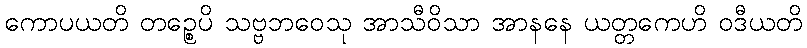
ကောပယတိ တဉ္စေပိ သဗ္ဗဘဝေသု အာသီဝိသာ အာနနေ ယတ္တကေဟိ ဝဒီယတိ